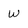
Character: W